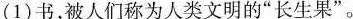
(1)书，被人们称为人类文明的”长生果”。